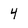
Character: 4